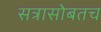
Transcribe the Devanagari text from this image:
सत्रासोबतच